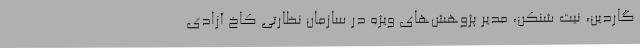
گاردین، نیت شنکن، مدیر پژوهش‌های ویژه در سازمان نظارتی کاخ آزادی